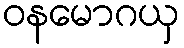
ဝနမောဂယှ